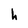
Character: h